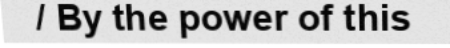
/ By the power of this